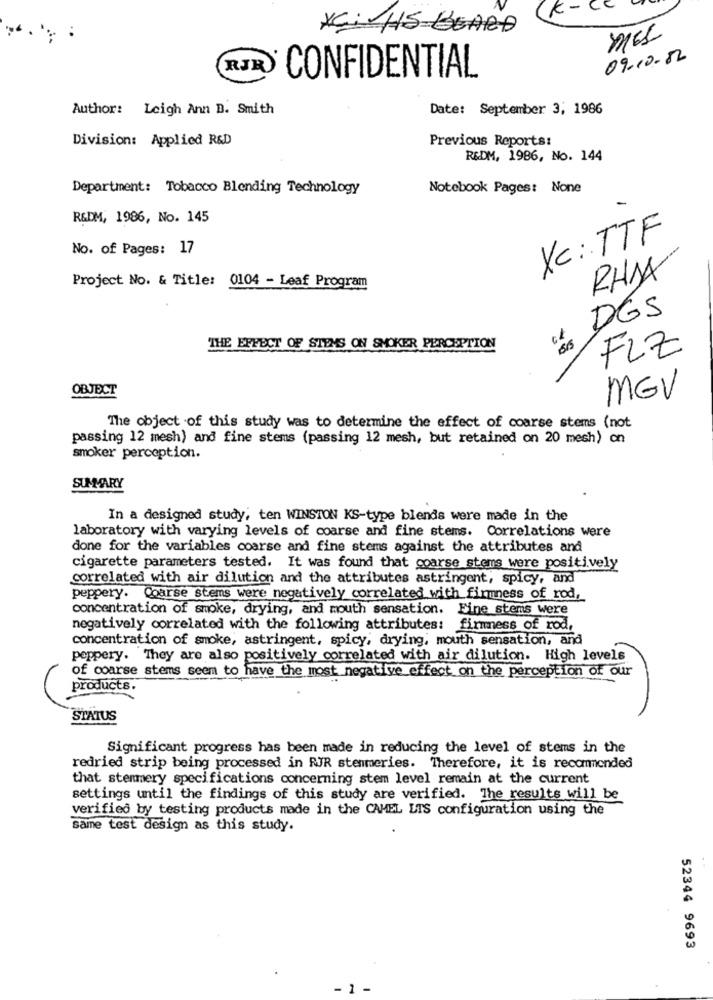
K-
CC
*C : HS BOARD
MEL
09-10.82
RJR
CONFIDENTIAL
Author: Leigh Ann B. Smith
Date: September 3, 1986
Division: Applied R&D
Previous Reports:
R&DM, 1986, No. 144
Department: Tobacco Blending Technology
Notebook Pages: None
R&DM, 1986, No. 145
XC: TTF
No. of Pages: 17
RHAA
Project No. & Title: 0104 - Leaf Program
DGS
THE EFFECT OF STEMS ON SMOKER PERCEPTION
FLZ
OBJECT
MGV
The object of this study was to determine the effect of coarse stems (not
passing 12 mesh) and fine stems (passing 12 mesh, but retained on 20 mesh) on
smoker perception.
SUMMARY
In a designed study, ten WINSTON KS-type blends were made in the
laboratory with varying levels of coarse and fine stems. Correlations were
done for the variables coarse and fine stems against the attributes and
cigarette parameters tested. It was found that coarse stems were positively
correlated with air dilution and the attributes astringent, spicy, and
peppery. Coarse stems were negatively correlated with firmness of rod,
concentration of smoke, drying, and mouth sensation. Eine stems were
negatively correlated with the following attributes: firmness of rod,
concentration of smoke, astringent, spicy, drying, mouth sensation, and
peppery. They are also positively correlated with air dilution. High levels
of course stems seem to have the most negative effect on the perception of our
products.
STATUS
Significant progress has been made in reducing the level of stems in the
redried strip being processed in RJR stenmeries. Therefore, it is recommended
that stemmery specifications concerning stem level remain at the current
settings until the findings of this study are verified. The results will be
verified by testing products made in the CAMEL LTS configuration using the
same test design as this study.
52344 9693
1